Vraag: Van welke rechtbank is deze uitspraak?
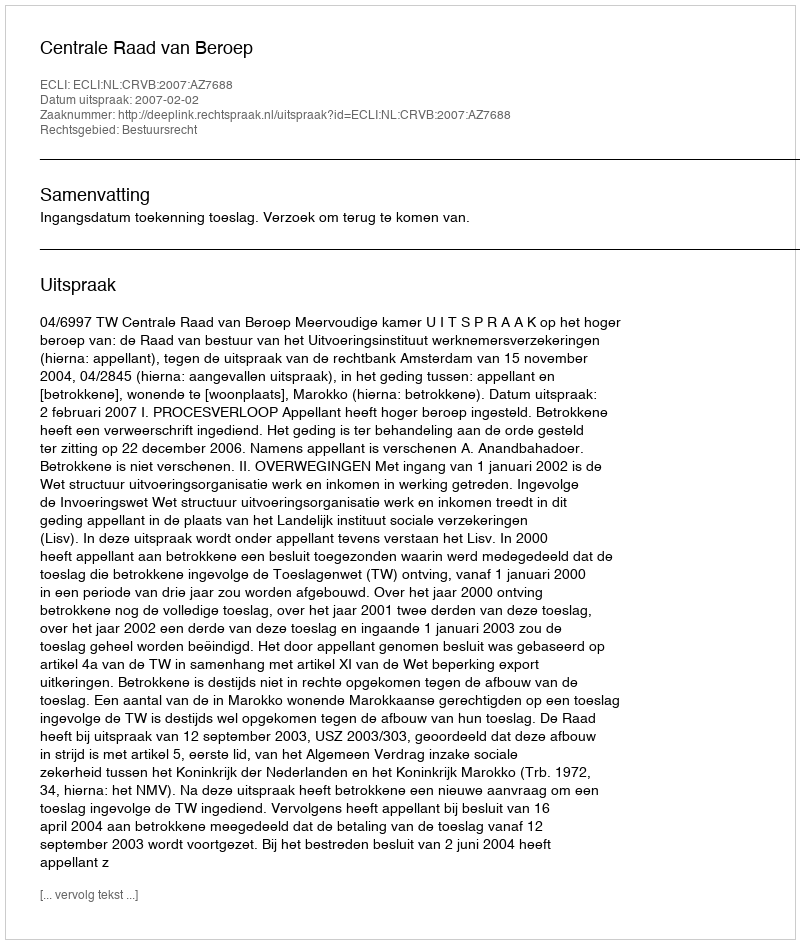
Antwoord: Centrale Raad van Beroep